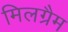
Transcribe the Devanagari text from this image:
मिलग्रैम